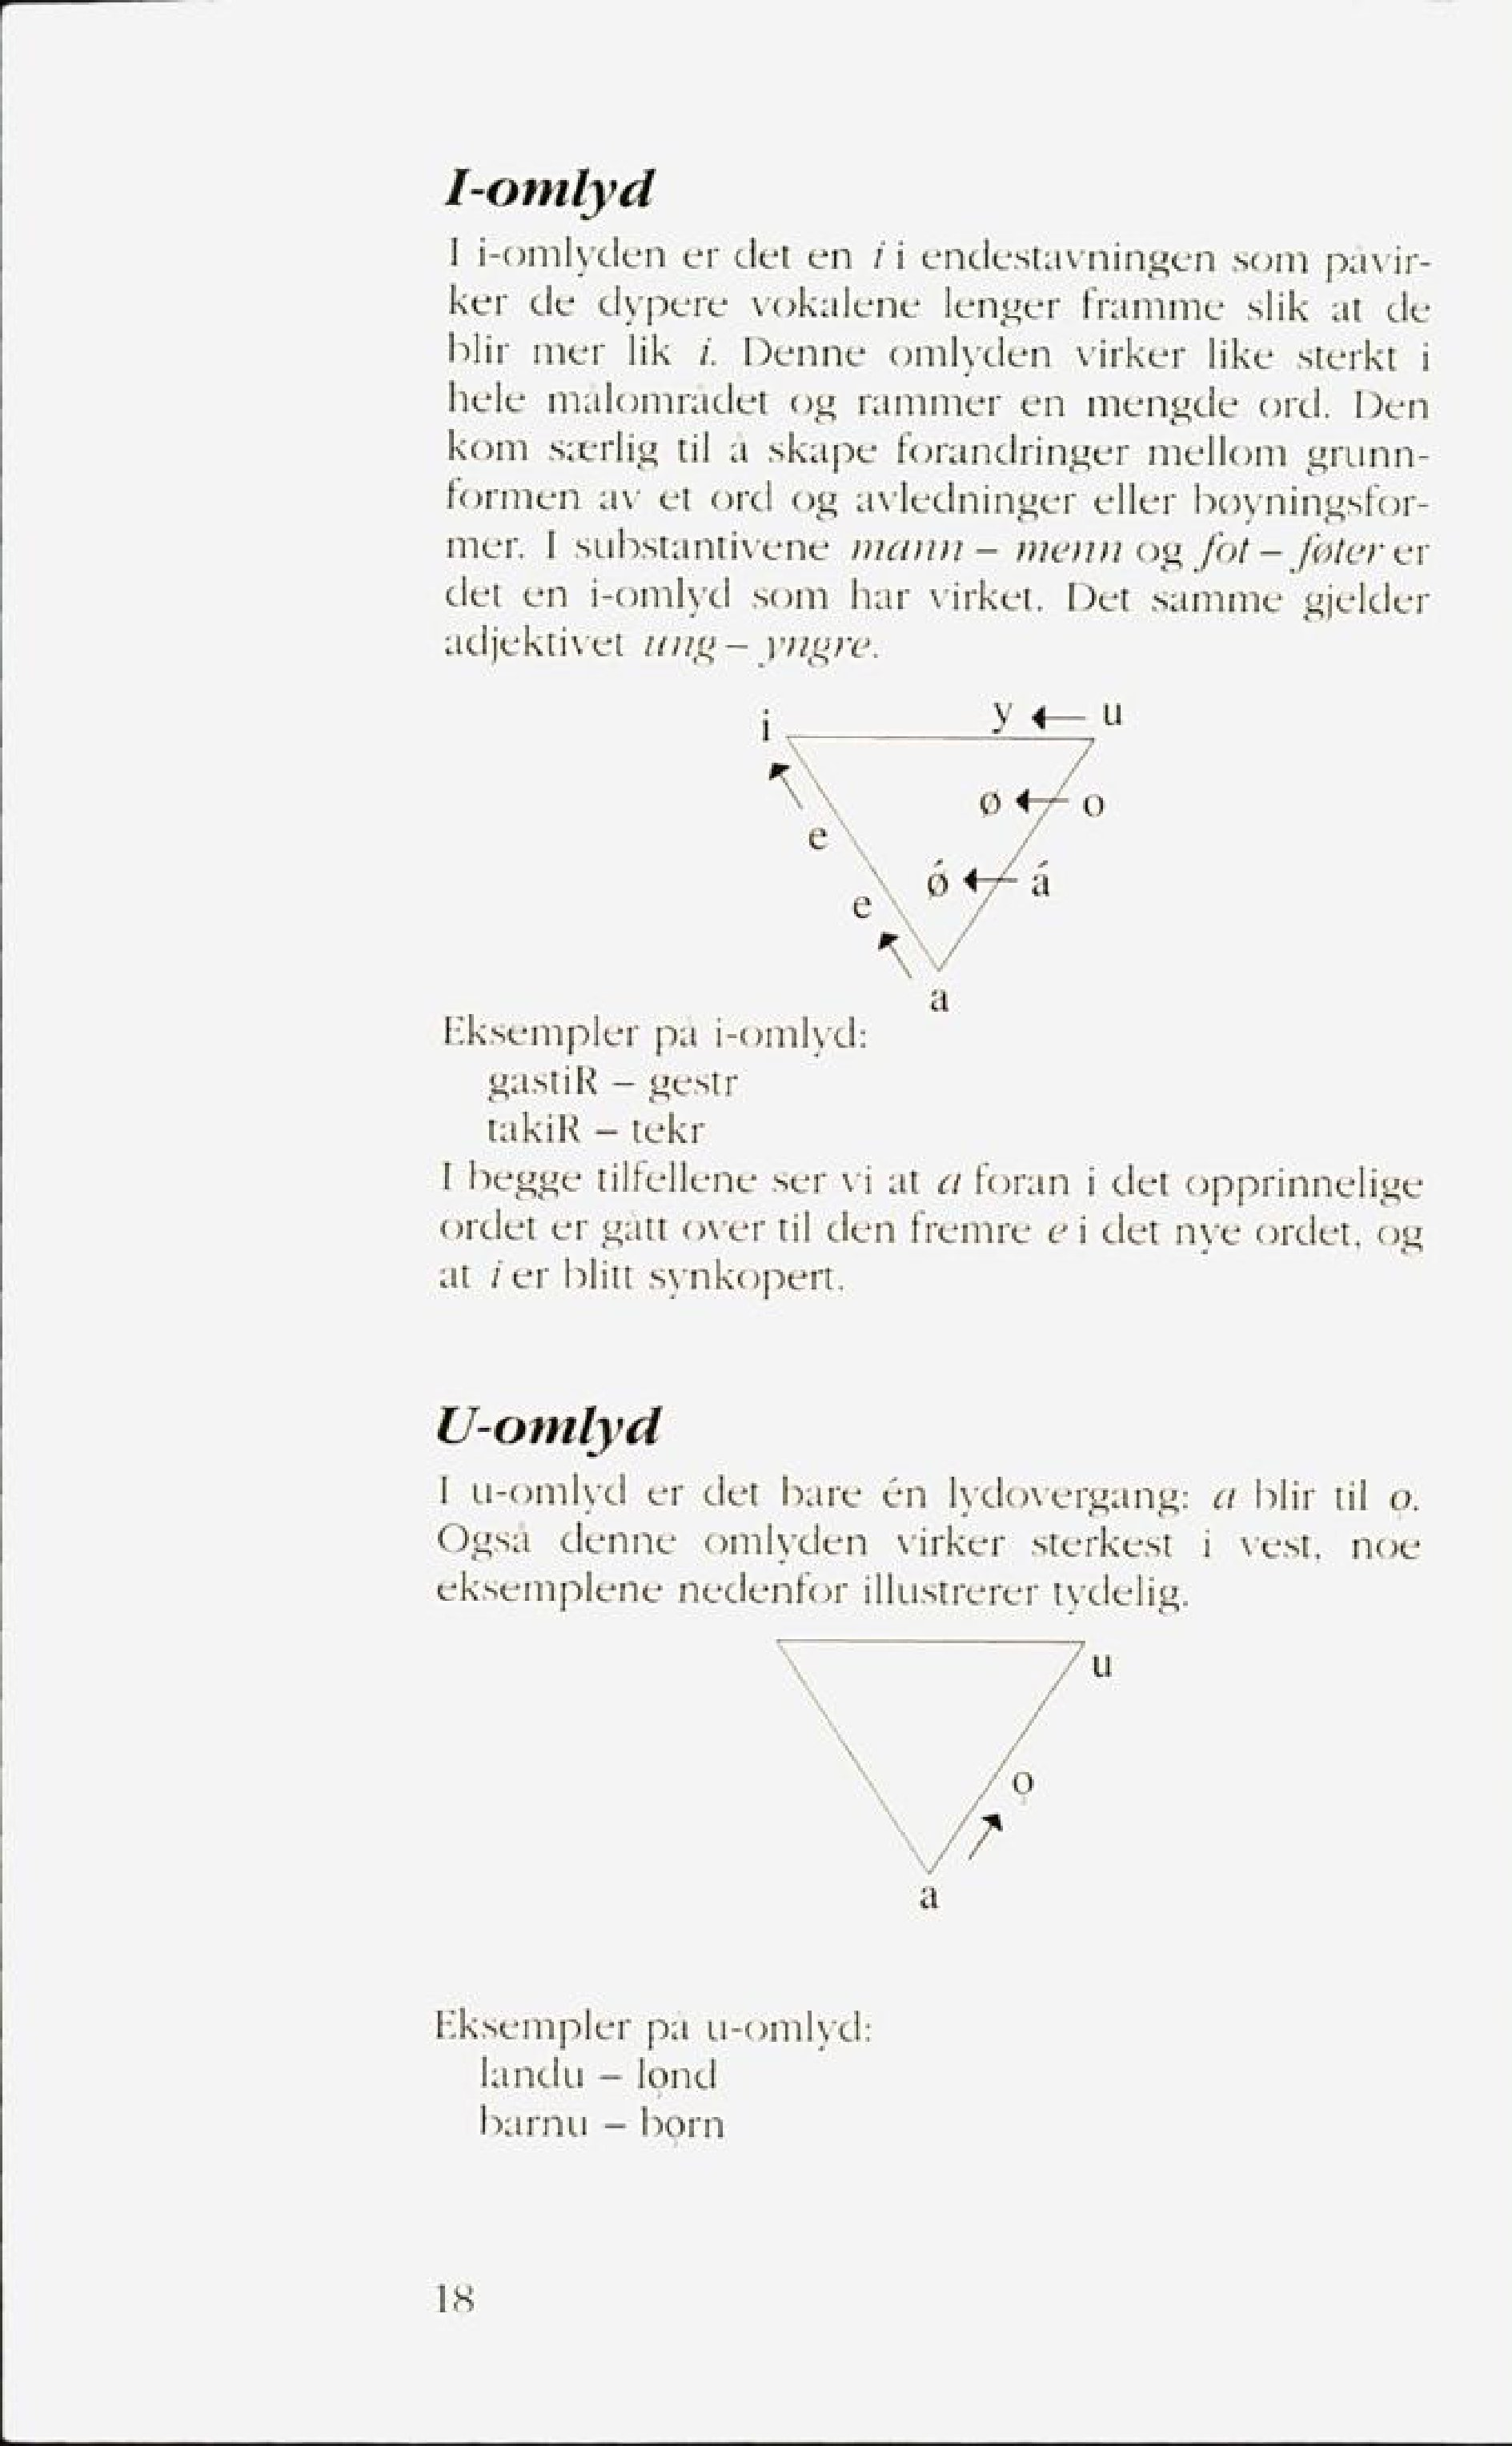
Language: no